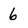
Character: 6